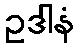
ဥဒါနံ